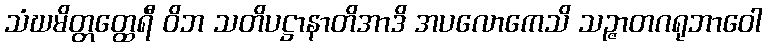
သံဃမိတ္တတ္ထေရီ ဝိဘ သတိပဋ္ဌာနာတိအာဒိ အပလောကေသိ သဉ္ဇာတဂရုဘာဝေါ